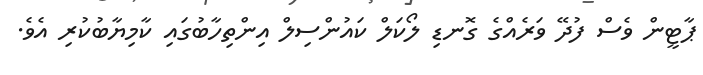
ޕާޓީން ވެސް ފުދޭ ވަރެއްގެ ގޮނޑި ލޯކަލް ކައުންސިލް އިންތިހާބުގައި ކާމިޔާބުކުރި އެވެ.